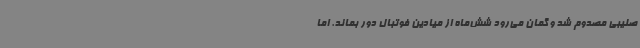
صلیبی مصدوم شد و گمان می‌رود شش‌ماه از میادین فوتبال دور بماند. اما